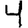
Digit: 4